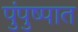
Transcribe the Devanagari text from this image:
पुंपुष्पात